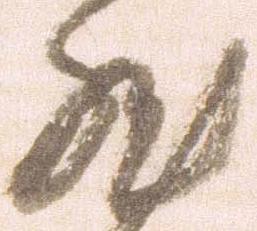
然